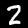
Label: 2